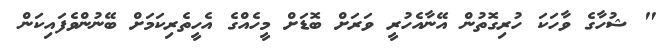
" ޝުހާގެ ވާހަކަ ހުރިގޮތުން އޭނާއެހުރީ ވަރަށް ބޮޑަށް މީހެއްގެ އެހީތެރިކަމަށް ބޭނުންވެފައިކަން